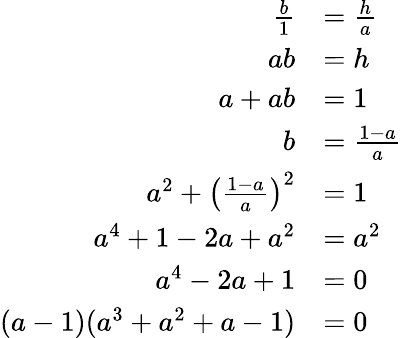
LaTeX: \begin{array}{rl}{\frac b1}&{=\frac ha}\\ {ab}&{=h}\\ {a+ab}&{=1}\\ {b}&{=\frac{1-a}{a}}\\ {a^{2}+\left(\frac{1-a}{a}\right)^{2}}&{=1}\\ {a^{4}+1-2a+a^{2}}&{=a^{2}}\\ {a^{4}-2a+1}&{=0}\\ {(a-1)(a^{3}+a^{2}+a-1)}&{=0}\end{array}